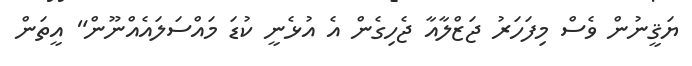
ޔަޤީނުން ވެސް މިފަހަރު ޖަޒްލާއާ ޖެހިގެން އެ އުޅެނީ ކުޑަ މައްސަލައެއްނޫން" އީތަން